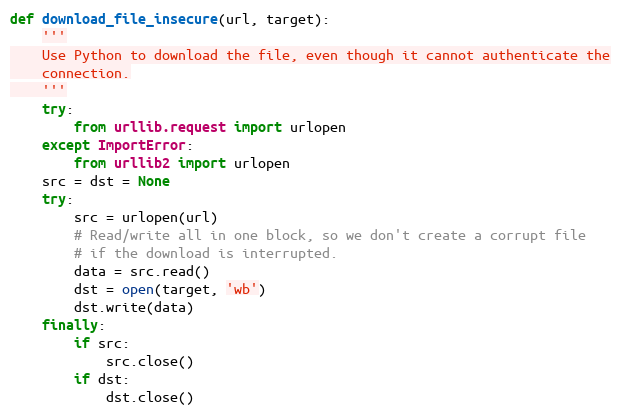
Language: Python
def download_file_insecure(url, target):
    '''
    Use Python to download the file, even though it cannot authenticate the
    connection.
    '''
    try:
        from urllib.request import urlopen
    except ImportError:
        from urllib2 import urlopen
    src = dst = None
    try:
        src = urlopen(url)
        # Read/write all in one block, so we don't create a corrupt file
        # if the download is interrupted.
        data = src.read()
        dst = open(target, 'wb')
        dst.write(data)
    finally:
        if src:
            src.close()
        if dst:
            dst.close()